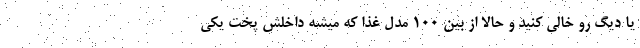
یا دیگ رو خالی کنید و حالا از بین 100 مدل غذا که میشه داخلش پخت یکی